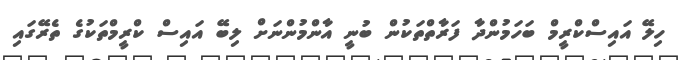
ހިލޭ އައިސްކްރީމް ބަހަމުންދާ ފަރާތްތަކުން ބުނީ އާންމުންނަށް ލިބޭ އައިސް ކްރީމްތަކުގެ ތެރޭގައި